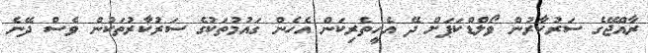
ރާއްޖޭގެ ސަރުކާރުން ވޯލްޑްކަޕަށް ދޭ އެހީތެރިކަން އެހެން ގައުމުތަކުގެ ސަރުކާރުތަކުން ވެސް ދޭނެ